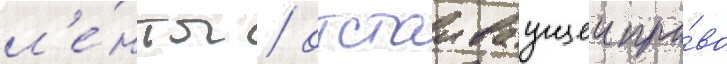
л'е́нты / отстаиваущеи пра́во